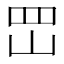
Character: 𡶩